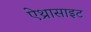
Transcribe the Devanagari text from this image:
ऐथ्रासाइट